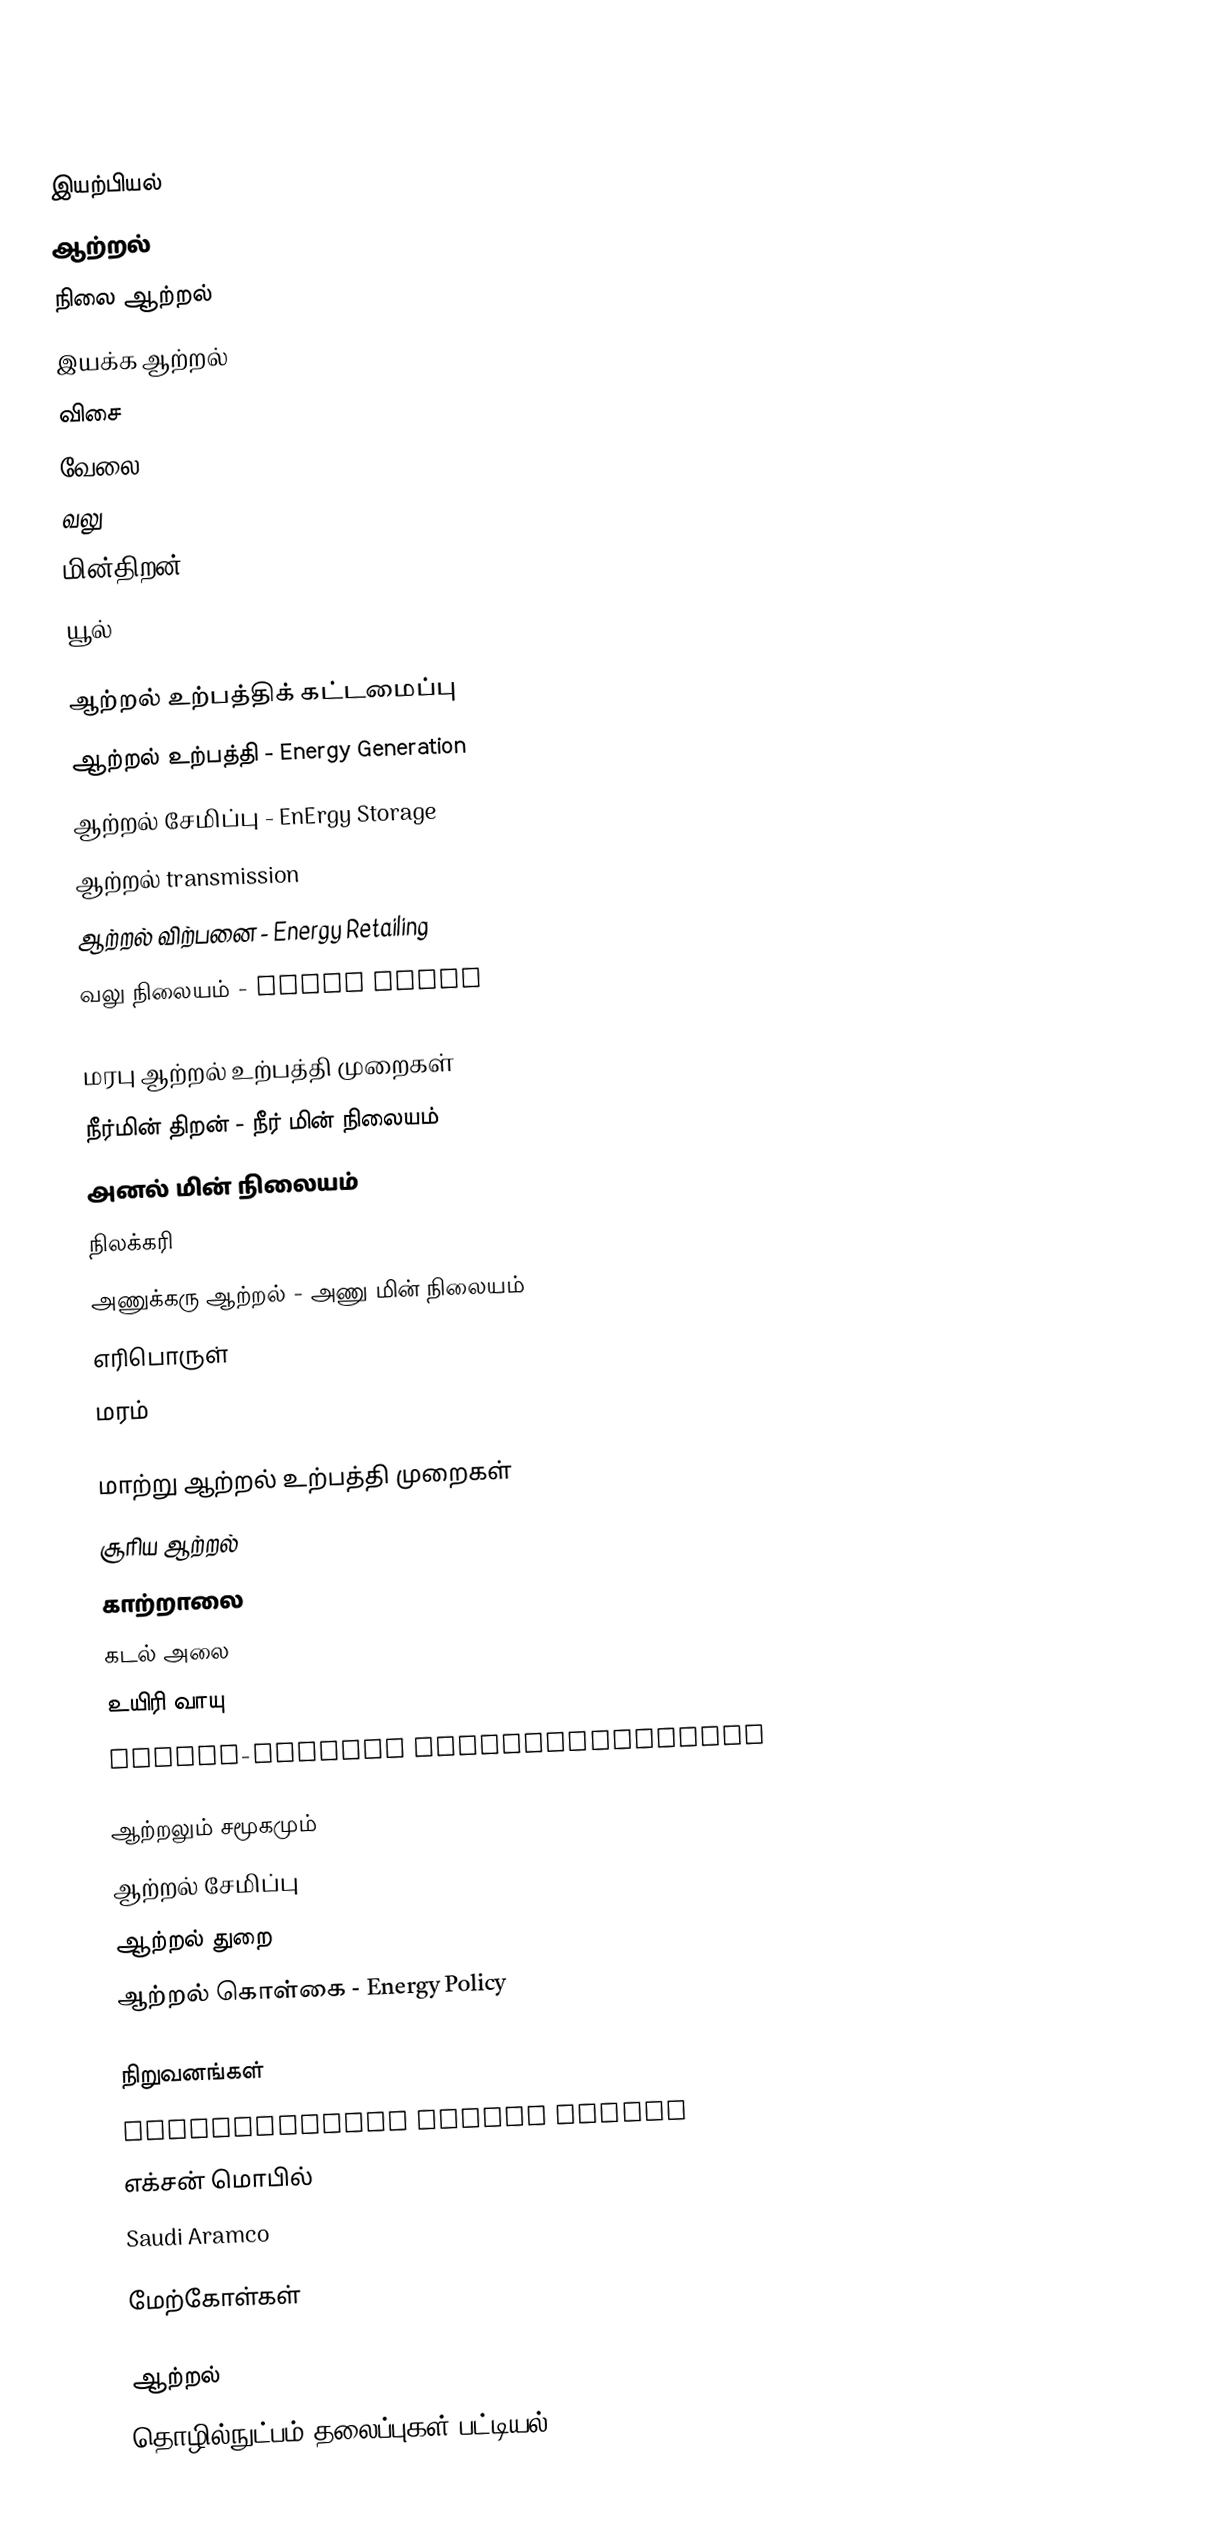

இயற்பியல்
 ஆற்றல்
 நிலை ஆற்றல்
 இயக்க ஆற்றல்
 விசை
 வேலை
 வலு
 மின்திறன்
 யூல்

ஆற்றல் உற்பத்திக் கட்டமைப்பு
 ஆற்றல் உற்பத்தி - Energy Generation
 ஆற்றல் சேமிப்பு - EnErgy Storage
 ஆற்றல் transmission
 ஆற்றல் விற்பனை - Energy Retailing
 வலு நிலையம் - Power Plant

மரபு ஆற்றல் உற்பத்தி முறைகள்
 நீர்மின் திறன் - நீர் மின் நிலையம்
 அனல் மின் நிலையம்
 நிலக்கரி
 அணுக்கரு ஆற்றல் - அணு மின் நிலையம்
 எரிபொருள்
 மரம்

மாற்று ஆற்றல் உற்பத்தி முறைகள்
 சூரிய ஆற்றல்
 காற்றாலை
 கடல் அலை
 உயிரி வாயு
 Pumped-storage hydroelectricity

ஆற்றலும் சமூகமும்
 ஆற்றல் சேமிப்பு
 ஆற்றல் துறை
 ஆற்றல் கொள்கை - Energy Policy

நிறுவனங்கள்
 International Energy Agency
 எக்சன் மொபில்
 Saudi Aramco

மேற்கோள்கள்

ஆற்றல்
தொழில்நுட்பம் தலைப்புகள் பட்டியல்